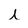
Character: i